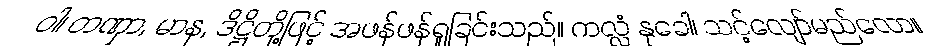
ဝါ၊ တဏှာ, မာန, ဒိဋ္ဌိတို့ဖြင့် အဖန်ဖန်ရှုခြင်းသည်။ ကလ္လံ နုခေါ၊ သင့်လျော်မည်လော။